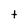
Character: t